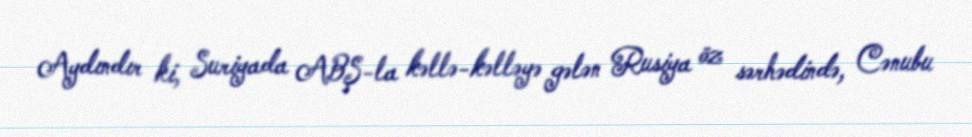
Aydındır ki, Suriyada ABŞ-la kəllə-kəlləyə gələn Rusiya öz sərhədində, Cənubu